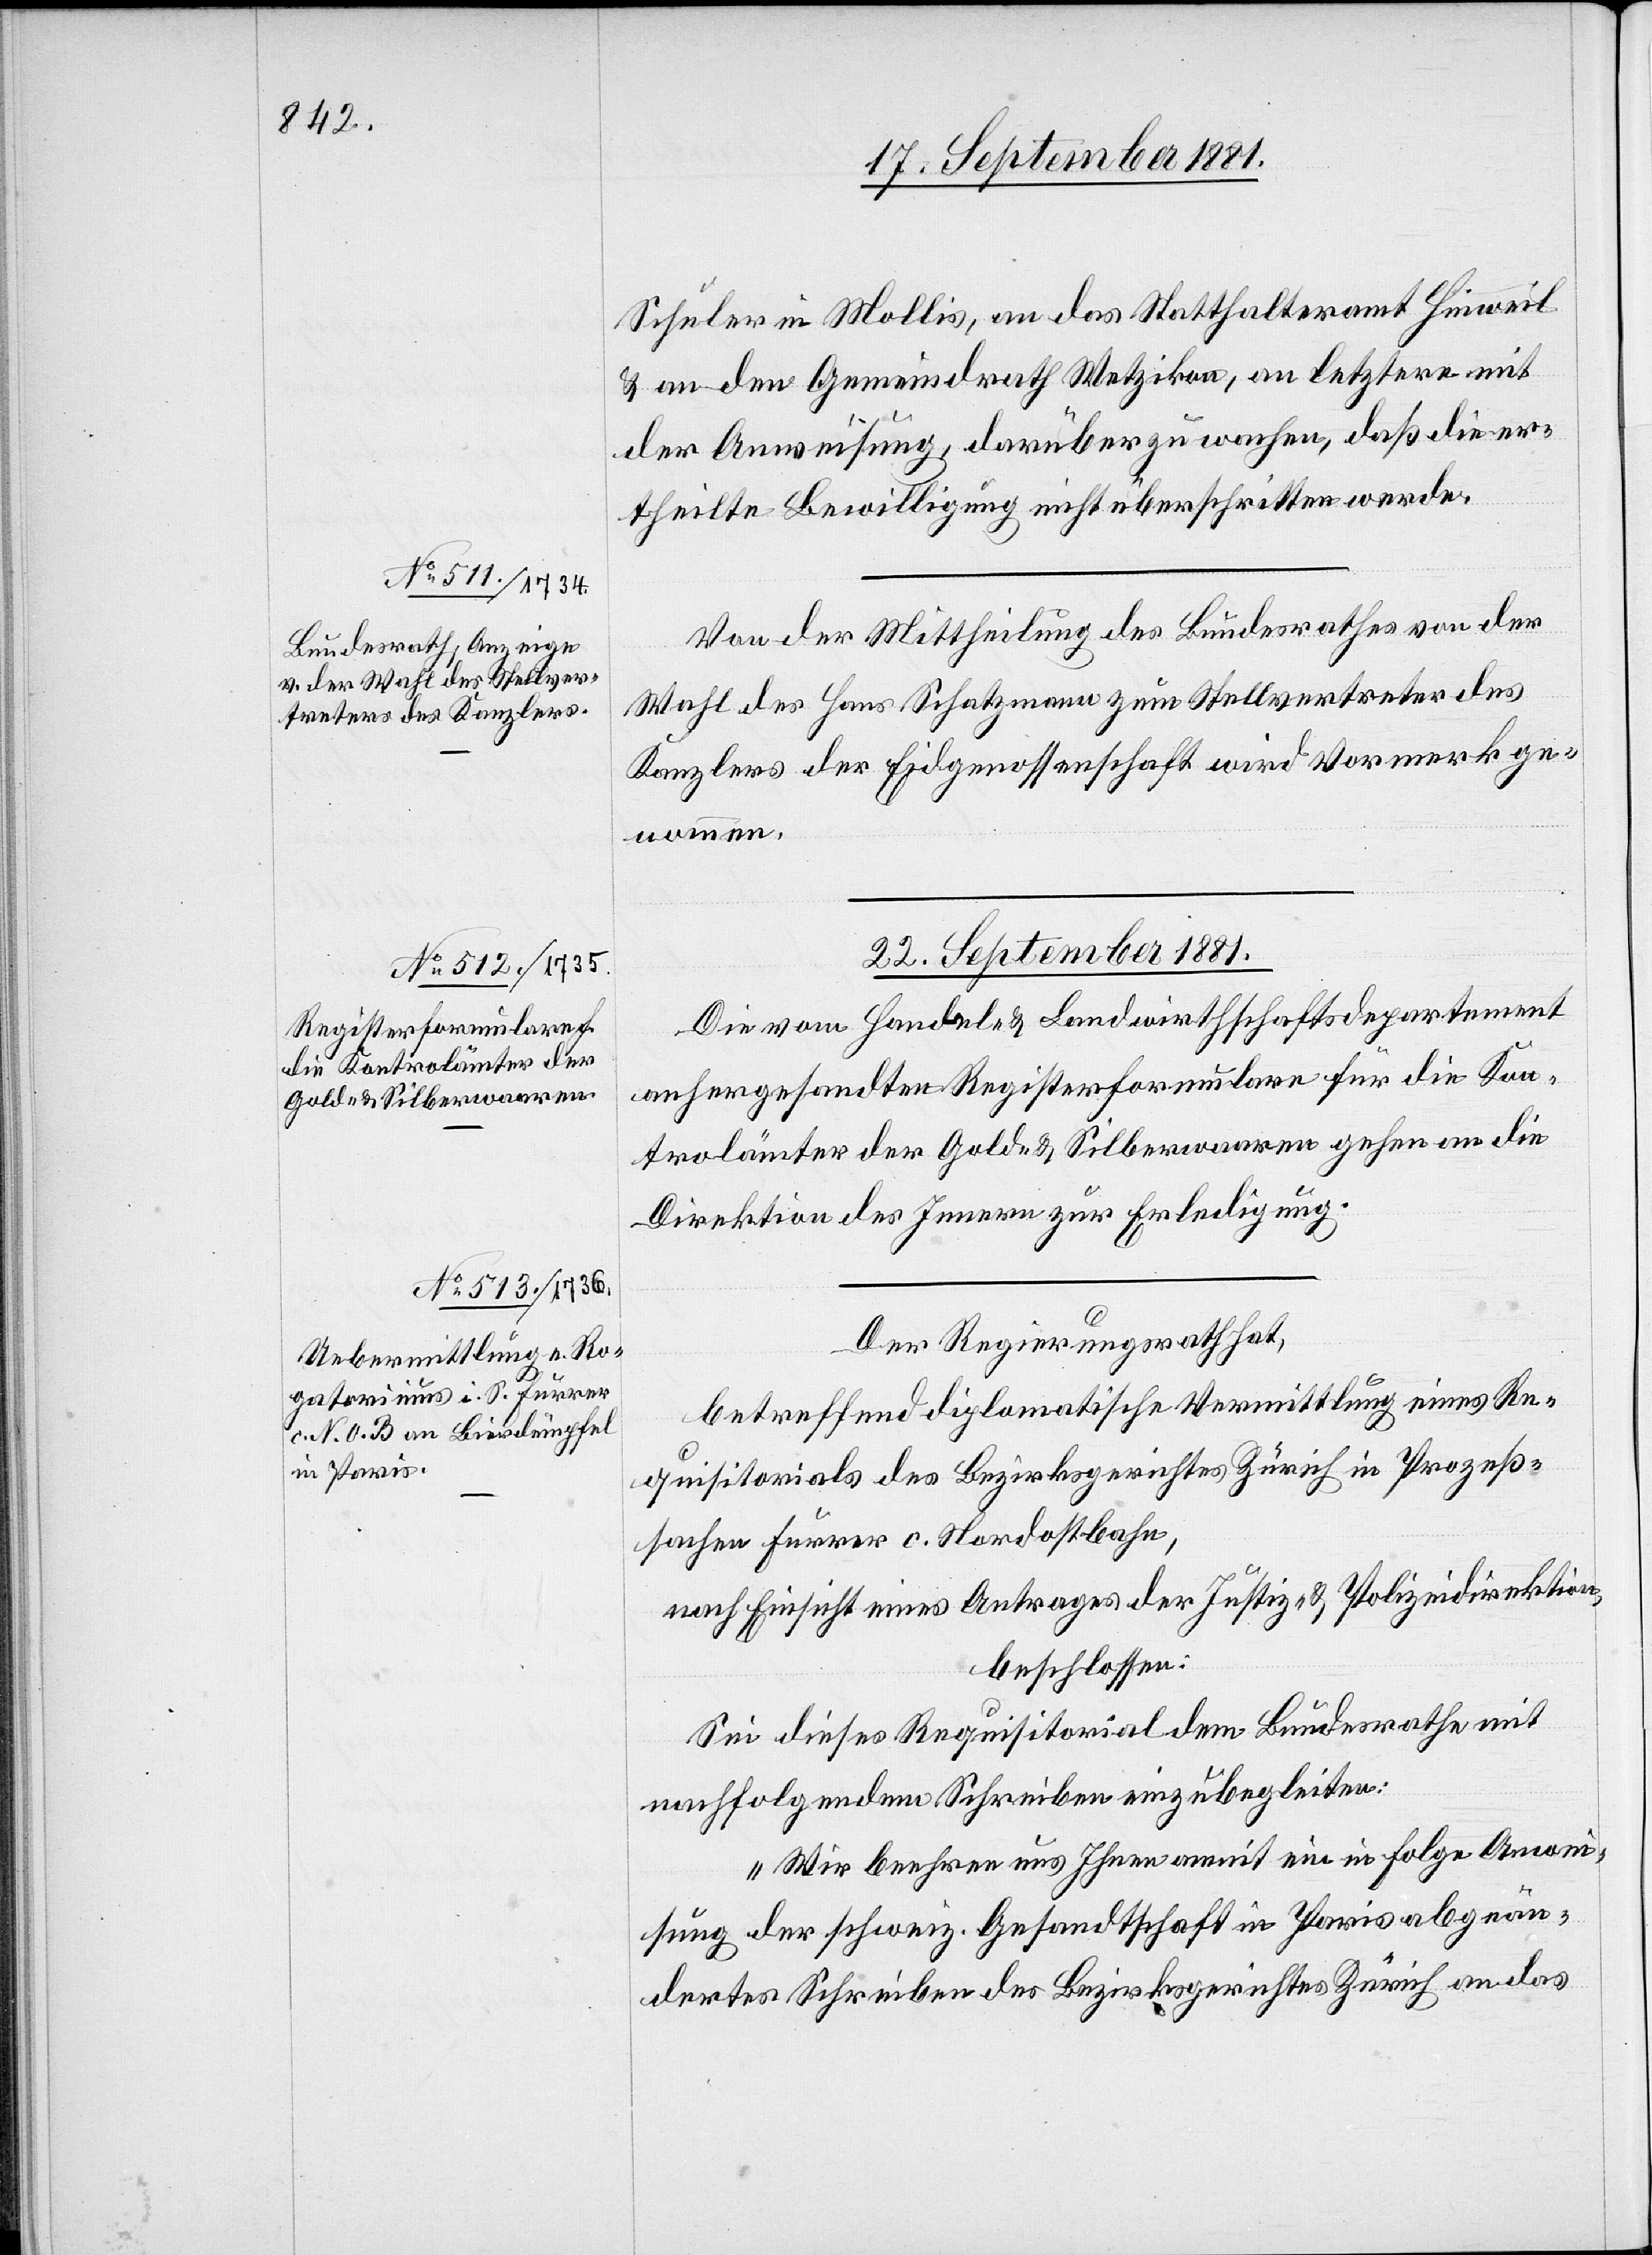
Schuler in Mollis, an das Statthalteramt Hinweil
& an den Gemeindrath Wetzikon, an leztern mit
der Anweisung, darüber zu wachen, daß die er¬
theilte Bewilligung nicht überschritten werde.
Von der Mittheilung des Bundesrathes von der
Wahl des Hans Schatzmann zum Stellvertreter des
Kanzlers der Eidgenossenschaft wird Vormerk ge¬
nommen.
22. September 1881.]
Die vom Handel- & Landwirthschaftsdepartement
anhergesandten Registerformulare für die Kon¬
trolämter der Gold- & Silberwaaren gehen an die
Direktion des Innern zur Erledigung.
Der Regierungsrath hat,
betreffend diplomatische Vermittlung eines Re¬
quisitorials des Bezirksgerichtes Zürich in Prozeß¬
sachen Furrer c. Nordostbahn,
nach Einsicht eines Antrages der Justiz- & Polizeidirektion,
beschlossen:
Sei dieses Requisitorial dem Bundesrathe mit
nachfolgendem Schreiben einzubegleiten:
„Wir beehren uns Ihnen anmit ein in Folge Anwe¬
isung der schweiz. Gesandtschaft in Paris abgeän¬
dertes Schreiben des Bezirksgerichtes Zürich an das